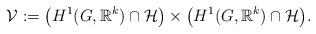
LaTeX: \begin{align*}\mathcal{V} := \big(H^{1}(G, \mathbb{R}^{k}) \cap \mathcal{H}\big) \times \big(H^{1}(G, \mathbb{R}^{k}) \cap \mathcal{H}\big). \end{align*}